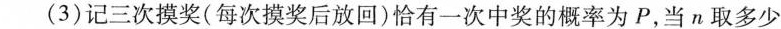
(3)记三次摸奖(每次摸奖后放回)恰有一次中奖的概率为P，当n取多少